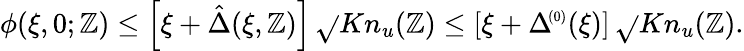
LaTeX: \phi(\xi,0;\mathbb{Z})\le\left[\xi+\hat{{\Delta}}(\xi,\mathbb{Z})\right]\, \sqrt{}{{Kn_{u}(\mathbb{Z})}}\le\left[\xi+\Delta\! ^{{\scriptscriptstyle(0)}}(\xi)\right]\, \sqrt{}{{Kn_{u}(\mathbb{Z})}}.